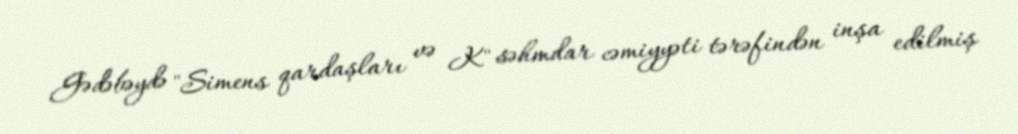
Gədəbəydə "Simens qardaşları və K" səhmdar cəmiyyəti tərəfindən inşa edilmiş